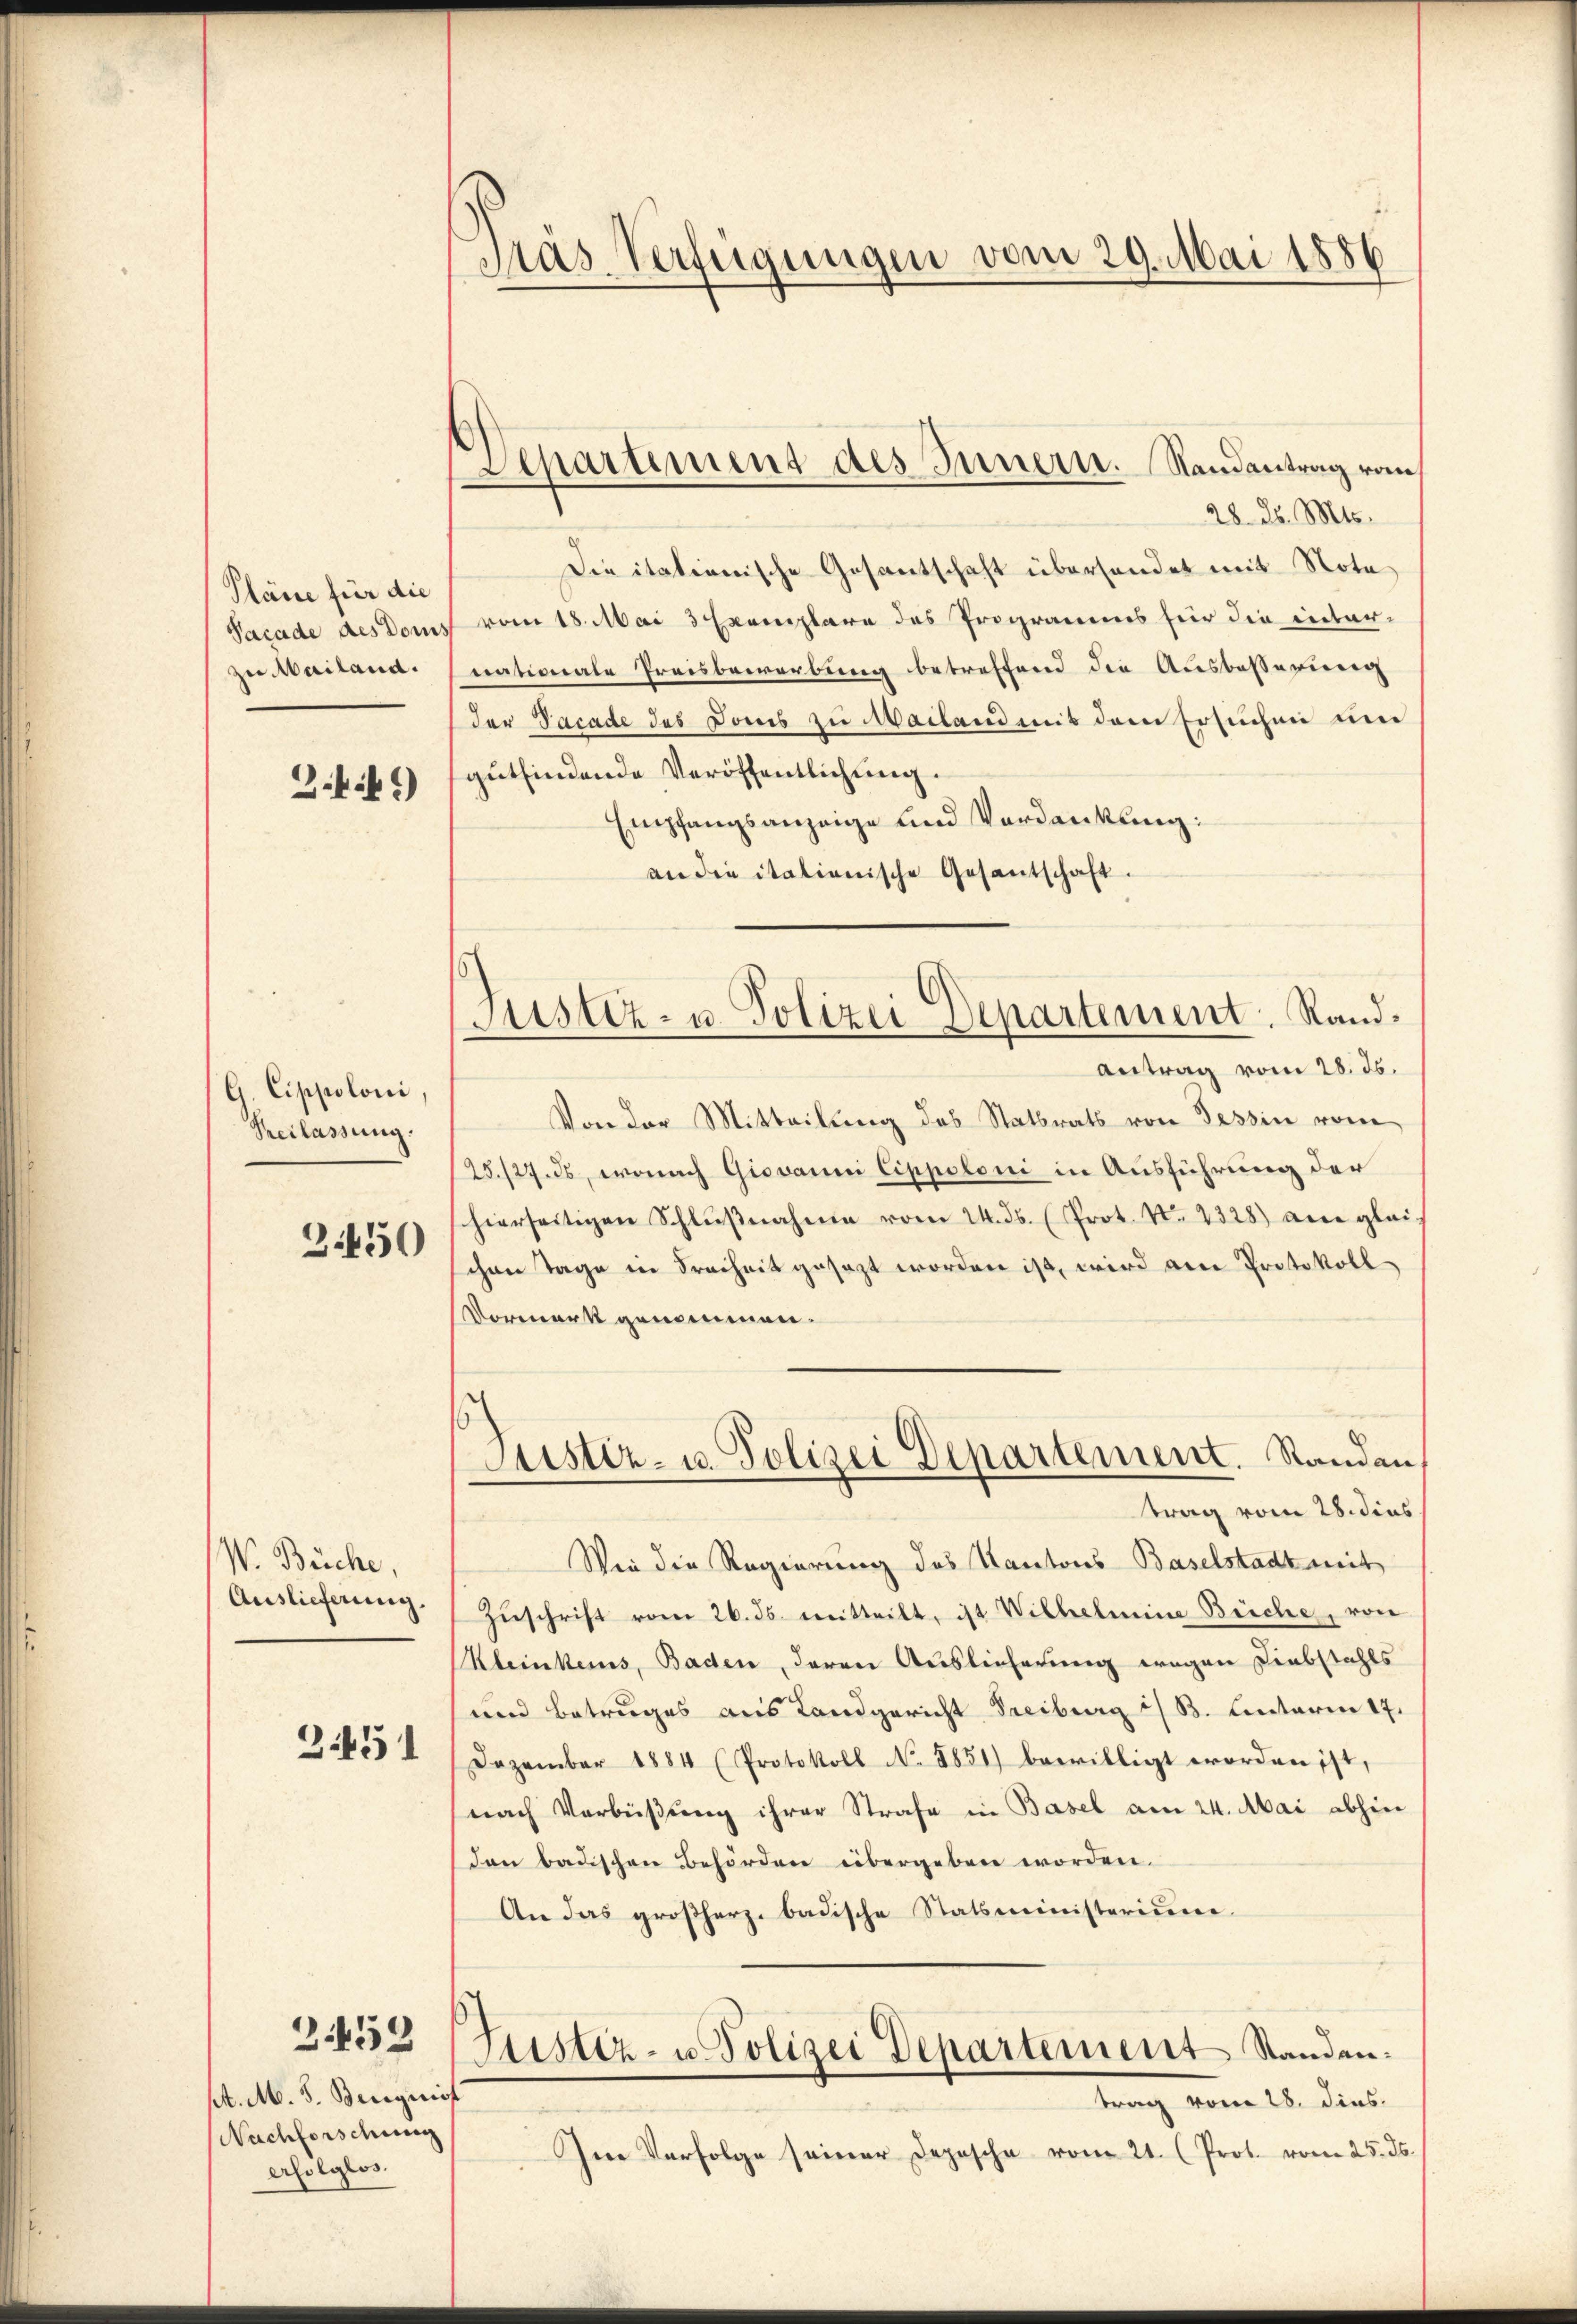
Pläne für die
Pacade des Dom
zu Mailand.

G.fif. *)

G. Cippoloni,
Beilassung.

3450

V. Büche,
Auslieferung.

3451

2.452

sl. M. d. Bingniss
Nachforschung
erfolglos.

Pras Verfügungen vom 29. Mai 1886

Departement des Innern. Randantrag von

28. d. Mts.
Die itationische Gesandtschaft überhandet mit Nota
vom 18. Mai 3 Exemplare des Programms für die internationale Preisbewerbung betreffend die Ausbesserung
der Vacade des Jones zu Mailand mit dem Ersuchen und
gutfindende Veröffentlichung.
Empfangsanzeige und Verdankung:
an die italienische Gesantschaft.
Antrag vom 28. ds.
Von der Mitteilung des Statbrats von Tessin vom
25./27. ds, wonach Giovanni Cippoloni in Ausführung der
hierseitigen Schlußnahme vom 24. ds. (Prot. No. 2328) an gleichen Tage in Freiheit gesezt worden ist, wird die Protokoll
Vormerk genommen.
Justiz- u. Polizei Departement. Standen,
trag vom 28. dies
Wie die Regierung des Kantons Baselstadt mit
Zŭschrift vom 26. ds. mitteilt, ist Wilhelmine Büche, von
Kleinkens, Baden, deren Auslieferung wegen Liebstahls
und Betruges aus Landgericht Freiburg i/ B. Unterm 17.
Dezember 1884 (Protokoll No. 1851) bewilligt worden ist,
nach Verbüßung ihrer Strafe in Basel am 24. Mai abhin
Den badischen Behörden übergeben worden.
An das großherz badische Statsministerium.
Justiz- u. Polizei Departement Standen:
trag vom 28. dies
Im Verfolge seiner Depesche vom 21. (Prot. vom 25. ds.

Justiz- u. Polizei Departement. Rand¬